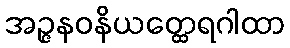
အဉ္ဇနဝနိယတ္ထေရဂါထာ